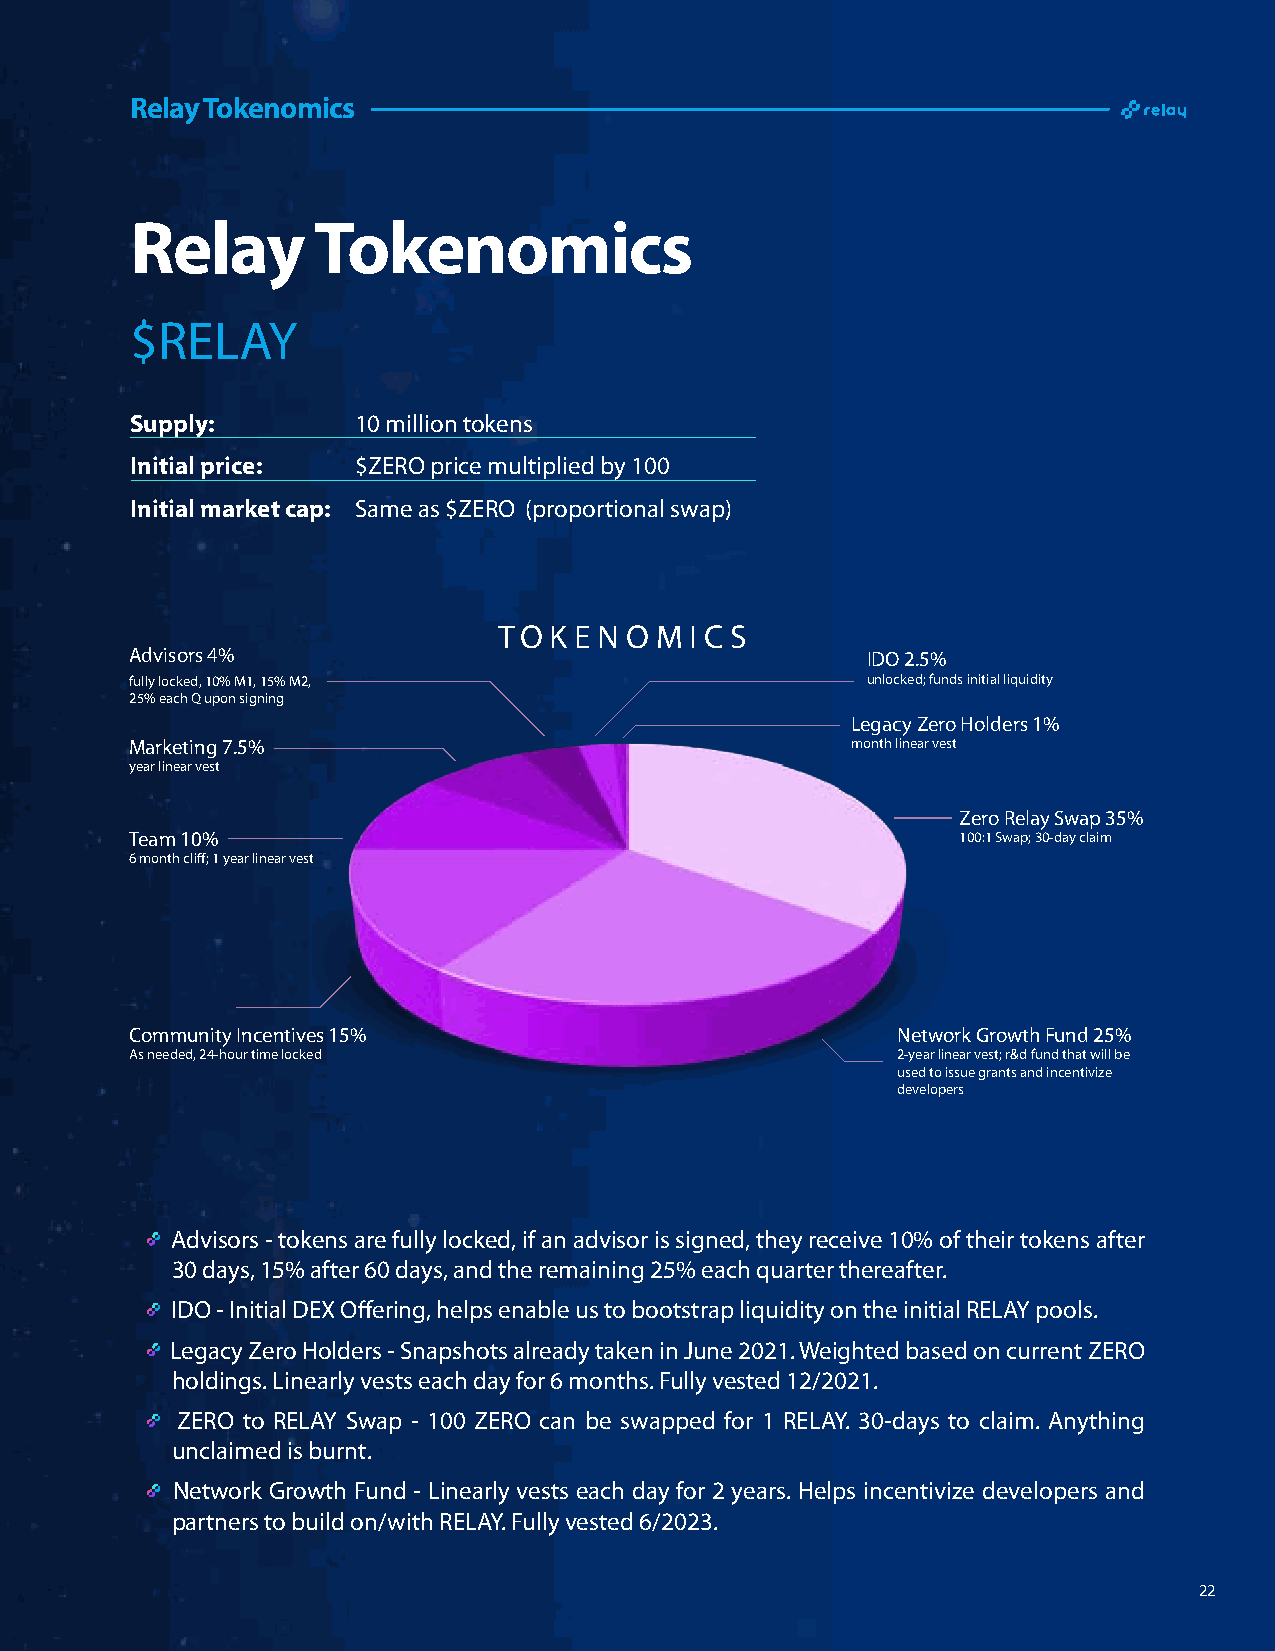
Relay Tokenomics
 Relay       Tokenomics
 $RELAY
 Supply:        10 million tokens
 Initial price: $ZERO price multiplied by 100
 Initial market cap: Same as $ZERO (proportional swap)
 TO K E N O M I C S
 Advisors 4%                                     IDO 2.5%
 fully locked, 10% M1, 15% M2,                   unlocked; funds initial liquidity
 25% each Q upon signing
 Legacy Zero Holders 1%
 Marketing 7.5%                                 month linear vest
 year linear vest
 Zero Relay Swap 35%
 Team 10%                                               100:1 Swap; 30-day claim
 6 month cliff; 1 year linear vest
 Community Incentives 15%                          Network Growth Fund 25%
 As needed, 24-hour time locked                    2-year linear vest; r&d fund that will be
 used to issue grants and incentivize
 developers
 Advisors - tokens are fully locked, if an advisor is signed, they receive 10% of their tokens after
 30 days, 15% after 60 days, and the remaining 25% each quarter thereafter.
 IDO - Initial DEX Offering, helps enable us to bootstrap liquidity on the initial RELAY pools.
 Legacy Zero Holders - Snapshots already taken in June 2021. Weighted based on current ZERO
 holdings. Linearly vests each day for 6 months. Fully vested 12/2021.
 ZERO to RELAY Swap - 100 ZERO can be swapped for 1 RELAY. 30-days to claim. Anything
 unclaimed is burnt.
 Network Growth Fund - Linearly vests each day for 2 years. Helps incentivize developers and
 partners to build on/with RELAY. Fully vested 6/2023.
 22